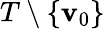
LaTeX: T\setminus\{ \mathbf{v}_{0}\}